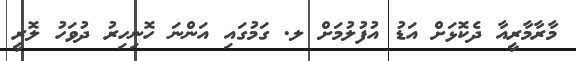
މާރާމާރީއާ ދެކޮޅަށް އަޑު އުފުލުމަށް ލ. ގަމުގައި އަންނަ ހޮނިހިރު ދުވަހު ލޮރީ